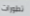
تطورات